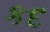
કદ